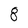
Character: 8